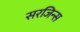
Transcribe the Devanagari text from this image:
सरजिन्स